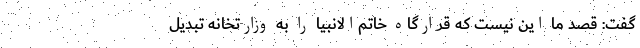
گفت:‌ قصد ما این نیست که قرارگاه خاتم‌الانبیا را به وزارتخانه تبدیل